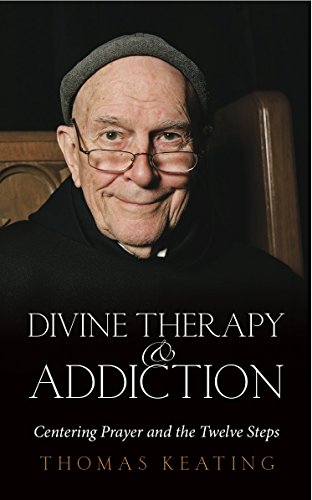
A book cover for Divine Therapy and Addiction: Centering Prayer and the Twelve Steps; Thomas Keating; Health, Fitness & Dieting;